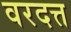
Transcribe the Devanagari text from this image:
वरदत्त